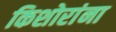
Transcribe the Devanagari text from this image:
किशोरांना